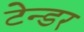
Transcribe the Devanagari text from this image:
टेन्‍डर